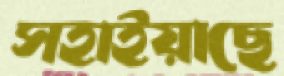
সহাইয়াছে